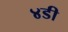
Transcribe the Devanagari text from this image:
४डी